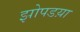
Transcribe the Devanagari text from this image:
झोपडय़ा